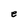
Character: e